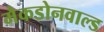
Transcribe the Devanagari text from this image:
मैकडोनवाल्ड